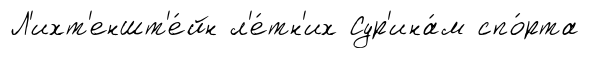
Л'ихт'еншт'е́йн л'е́тн'их Сур'ина́м спо́рта